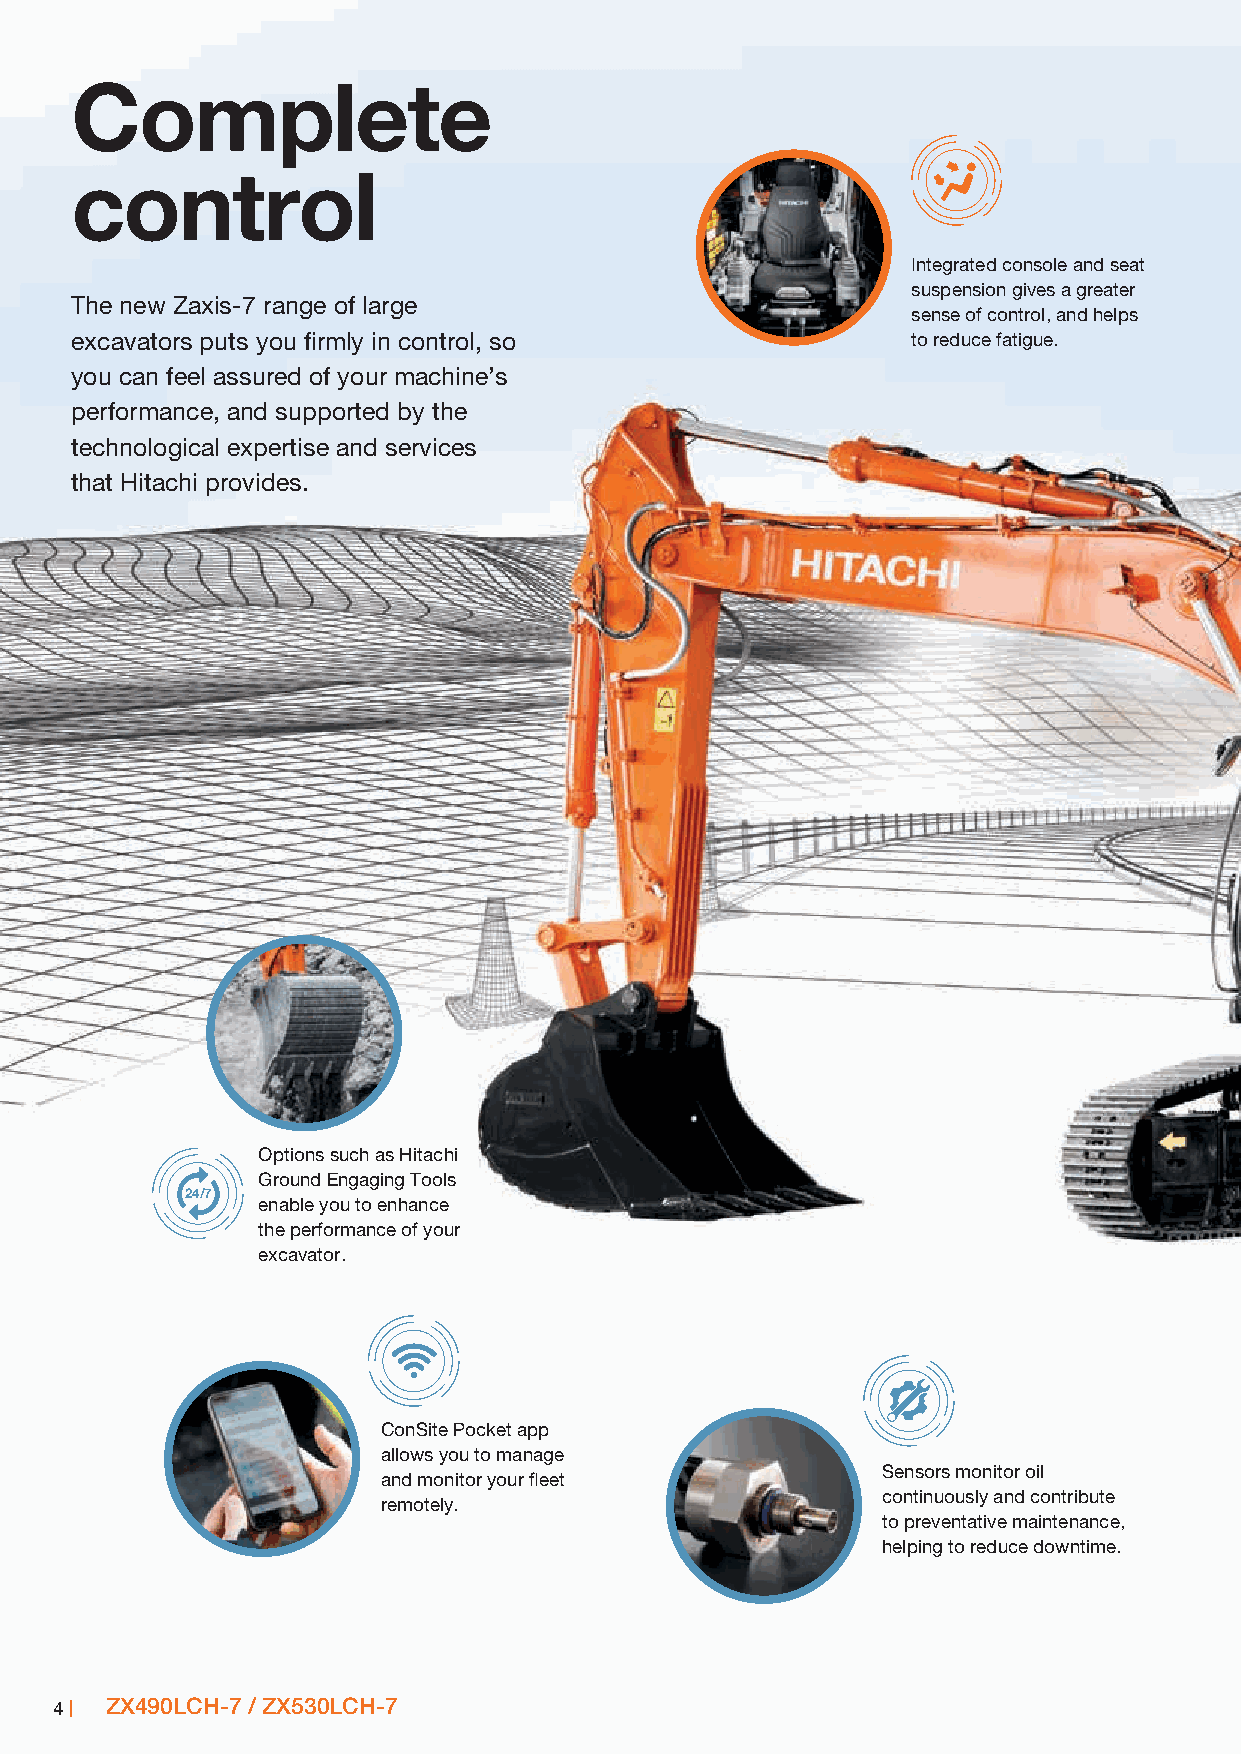
Complete
 control
 Integrated console and seat
 suspension gives a greater
 The new Zaxis-7 range of large
 sense of control, and helps
 excavators puts you firmly in control, so              to reduce fatigue.
 you can feel assured of your machine’s
 performance, and supported by the
 technological expertise and services
 that Hitachi provides.
 Options such as Hitachi
 Ground Engaging Tools
 24/7
 enable you to enhance
 the performance of your
 excavator.
 ConSite Pocket app
 allows you to manage
 Sensors monitor oil
 and monitor your fleet
 continuously and contribute
 remotely.
 to preventative maintenance,
 helping to reduce downtime.
 4  ZX490LCH-7 / ZX530LCH-7